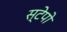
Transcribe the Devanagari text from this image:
स्टेपो